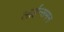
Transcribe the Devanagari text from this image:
लाईन्समन